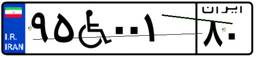
۸۱W۶۳۳۱۸